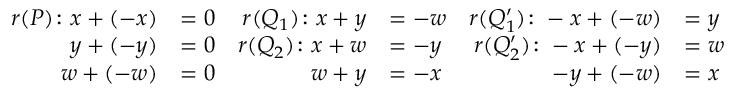
\begin{array} { r l r l r l r } { r ( P ) \colon x + ( - x ) } & { = 0 } & { r ( Q _ { 1 } ) \colon x + y } & { = - w } & { r ( Q _ { 1 } ^ { \prime } ) \colon - x + ( - w ) } & { = y } \\ { y + ( - y ) } & { = 0 } & { r ( Q _ { 2 } ) \colon x + w } & { = - y } & { r ( Q _ { 2 } ^ { \prime } ) \colon - x + ( - y ) } & { = w } \\ { w + ( - w ) } & { = 0 } & { w + y } & { = - x } & { - y + ( - w ) } & { = x } & \end{array}